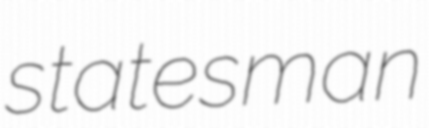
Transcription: statesman